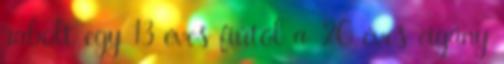
rabolt egy 13 éves fiútól a 20 éves cigány